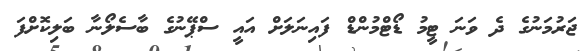
ޖަރުމަނުގެ ދެ ވަނަ ޓީމު ޑޯޓްމުންޑް ފައިނަލަށް އައީ ސްޕޭނުގެ ބާސެލޯނާ ބަލިކޮށްފަ